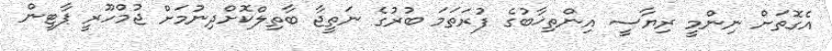
އެގޮތަށް ނިންމީ ރިޔާސީ އިންތިޚާބުގެ ފުރަތަމަ ބުރުގެ ނަތީޖާ ބާތިލްކޮށްދިނުމަށް ޖުމްހޫރީ ޕާޓީން